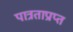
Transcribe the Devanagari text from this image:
पात्रताप्राप्त